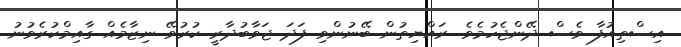
އިސްތިއުފާ ވެސް ދޭންޖެހުމެވެ. ރައްޔިތުން ބޭނުންވި ފަދަ ޖަވާބުދާރީ ކުރުވޭ ނިޒާމެއް ގާއިމްކުރެވުނު